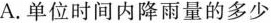
A. 单位时间内降雨量的多少